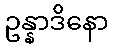
ဥန္နာဒိနော